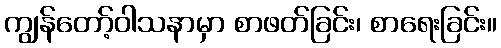
ကျွန်တော့်ဝါသနာမှာ စာဖတ်ခြင်း၊ စာရေးခြင်း။